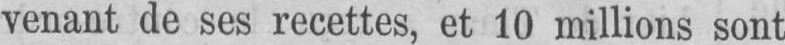
venant de ses recettes, et 10 millions sont